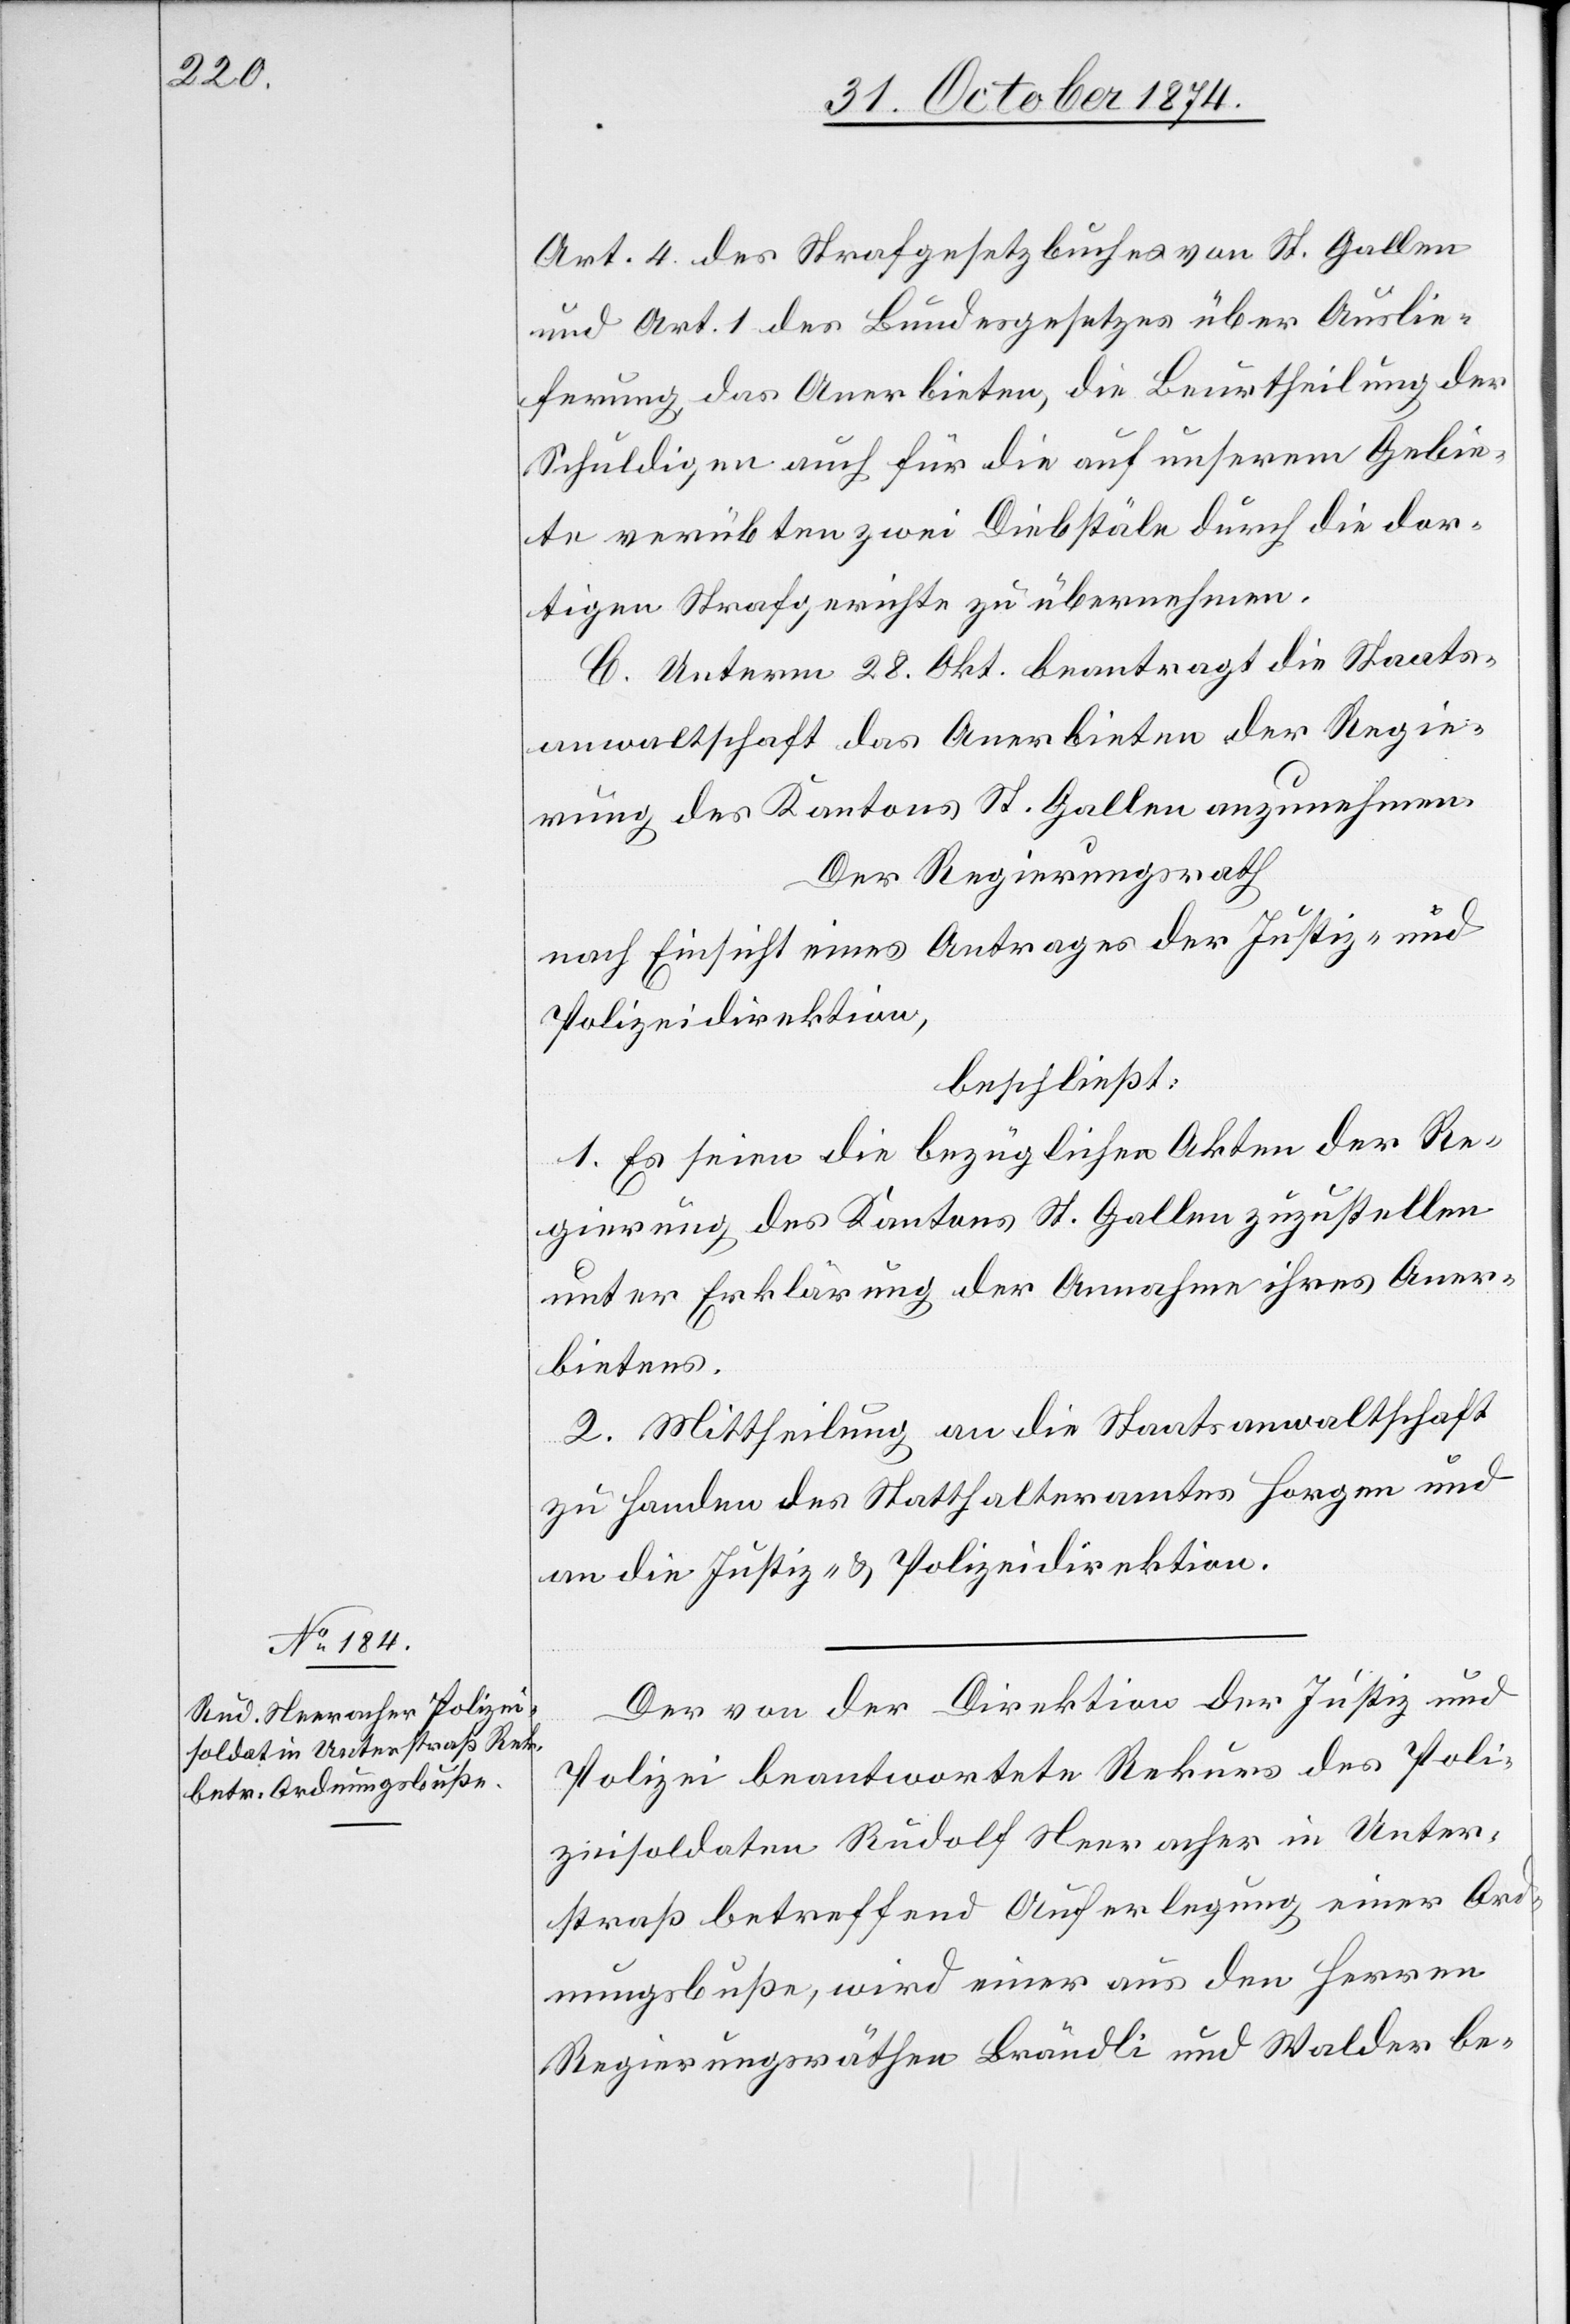
Art. 4 des Strafgesetzbuches von St. Gallen
und Art. 1 des Bundesgesetzes über Auslie¬
ferung das Anerbieten, die Beurtheilung der
Schuldigen auch für die auf unserem Gebie¬
te verübten zwei Diebstäle durch die dor¬
tigen Strafgerichte zu übernehmen.
C. Unterm 28. Okt. beantragt die Staats¬
anwaltschaft das Anerbieten der Regie¬
rung des Kantons St. Gallen anzunehmen.
Der Regierungsrath
nach Einsicht eines Antrages der Justiz- und
Polizeidirektion,
beschließt:
1. Es seien die bezüglichen Akten der Re¬
gierung des Kantons St. Gallen zuzustellen
unter Erklärung der Annahme ihres Aner¬
bietens.
2. Mittheilung an die Staatsanwaltschaft
zu Handen des Statthalteramtes Horgen und
an die Justiz- & Polizeidirektion.
Der von der Direktion der Justiz und
Polizei beantwortete Rekurs des Poli¬
zeisoldaten Rudolf Neeracher in Unter¬
straß betreffend Auferlegung einer Ord¬
nungsbuße, wird einer aus den Herren
Regierungsräthen Brändli und Walder be-